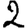
Digit: 2